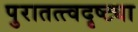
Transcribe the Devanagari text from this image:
पुरातत्त्वदृष्ट्या